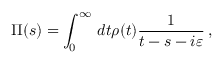
\Pi ( s ) = \int _ { 0 } ^ { \infty } \, d t \rho ( t ) \frac { 1 } { t - s - i \varepsilon } \, ,